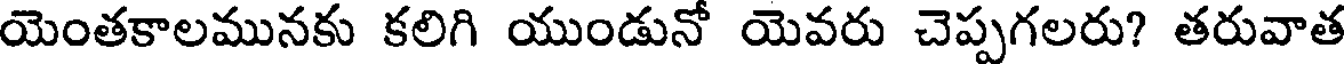
యెంతకాలమునకు కలిగి యుండునో యెవరు చెప్పగలరు? తరువాత